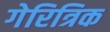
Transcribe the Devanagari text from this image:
गेरित्रिक